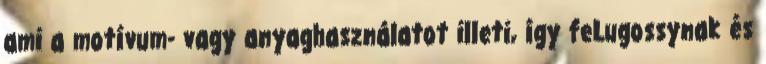
ami a motívum- vagy anyaghasználatot illeti, így feLugossynak és